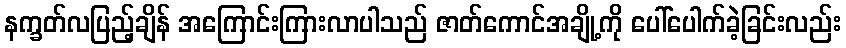
နက္ခတ်လပြည့်ချိန် အကြောင်းကြားလာပါသည် ဇာတ်ကောင်အချို့ကို ပေါ်ပေါက်ခဲ့ခြင်းလည်း